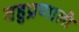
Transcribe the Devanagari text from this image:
बहुप्रणाली